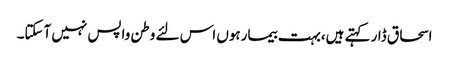
اسحاق ڈار کہتے ہیں،بہت بیمارہوں اس لئے وطن واپس نہیں آسکتا۔